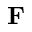
\mathbf { F }